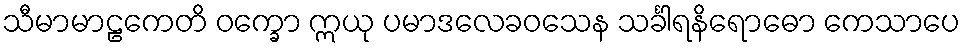
သီမာမာဠကေတိ ဝက္ခော ဣယု ပမာဒလေခဝသေန သင်္ခါရနိရောဓော ကေသာပေ